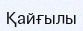
Қайғылы